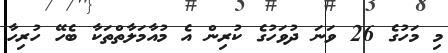
މި މަހުގެ 26 ވަނަ ދުވަހުގެ ކުރިން އެ މުއާމަލާތްތަކާ ބެހޭ ހުރިހާ